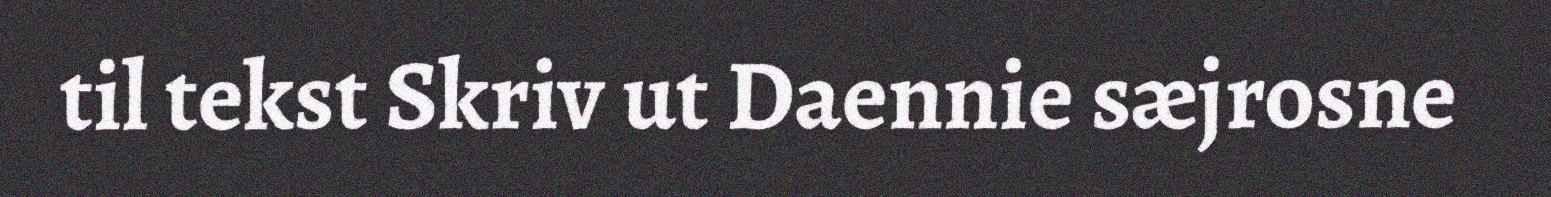
til tekst Skriv ut Daennie sæjrosne